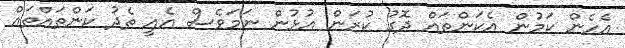
އެހެން ކަމުން އެކަންތައް ދޮގު ކުރަން އުޅުން ނަމަވެސް އެއީ ތެދު ކަންތައްތައް